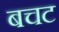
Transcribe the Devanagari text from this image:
बचट